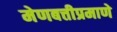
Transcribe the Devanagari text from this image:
मेणबत्तीप्रमाणे